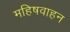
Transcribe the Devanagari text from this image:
महिषवाहन